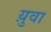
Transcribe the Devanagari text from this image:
य़ुवा